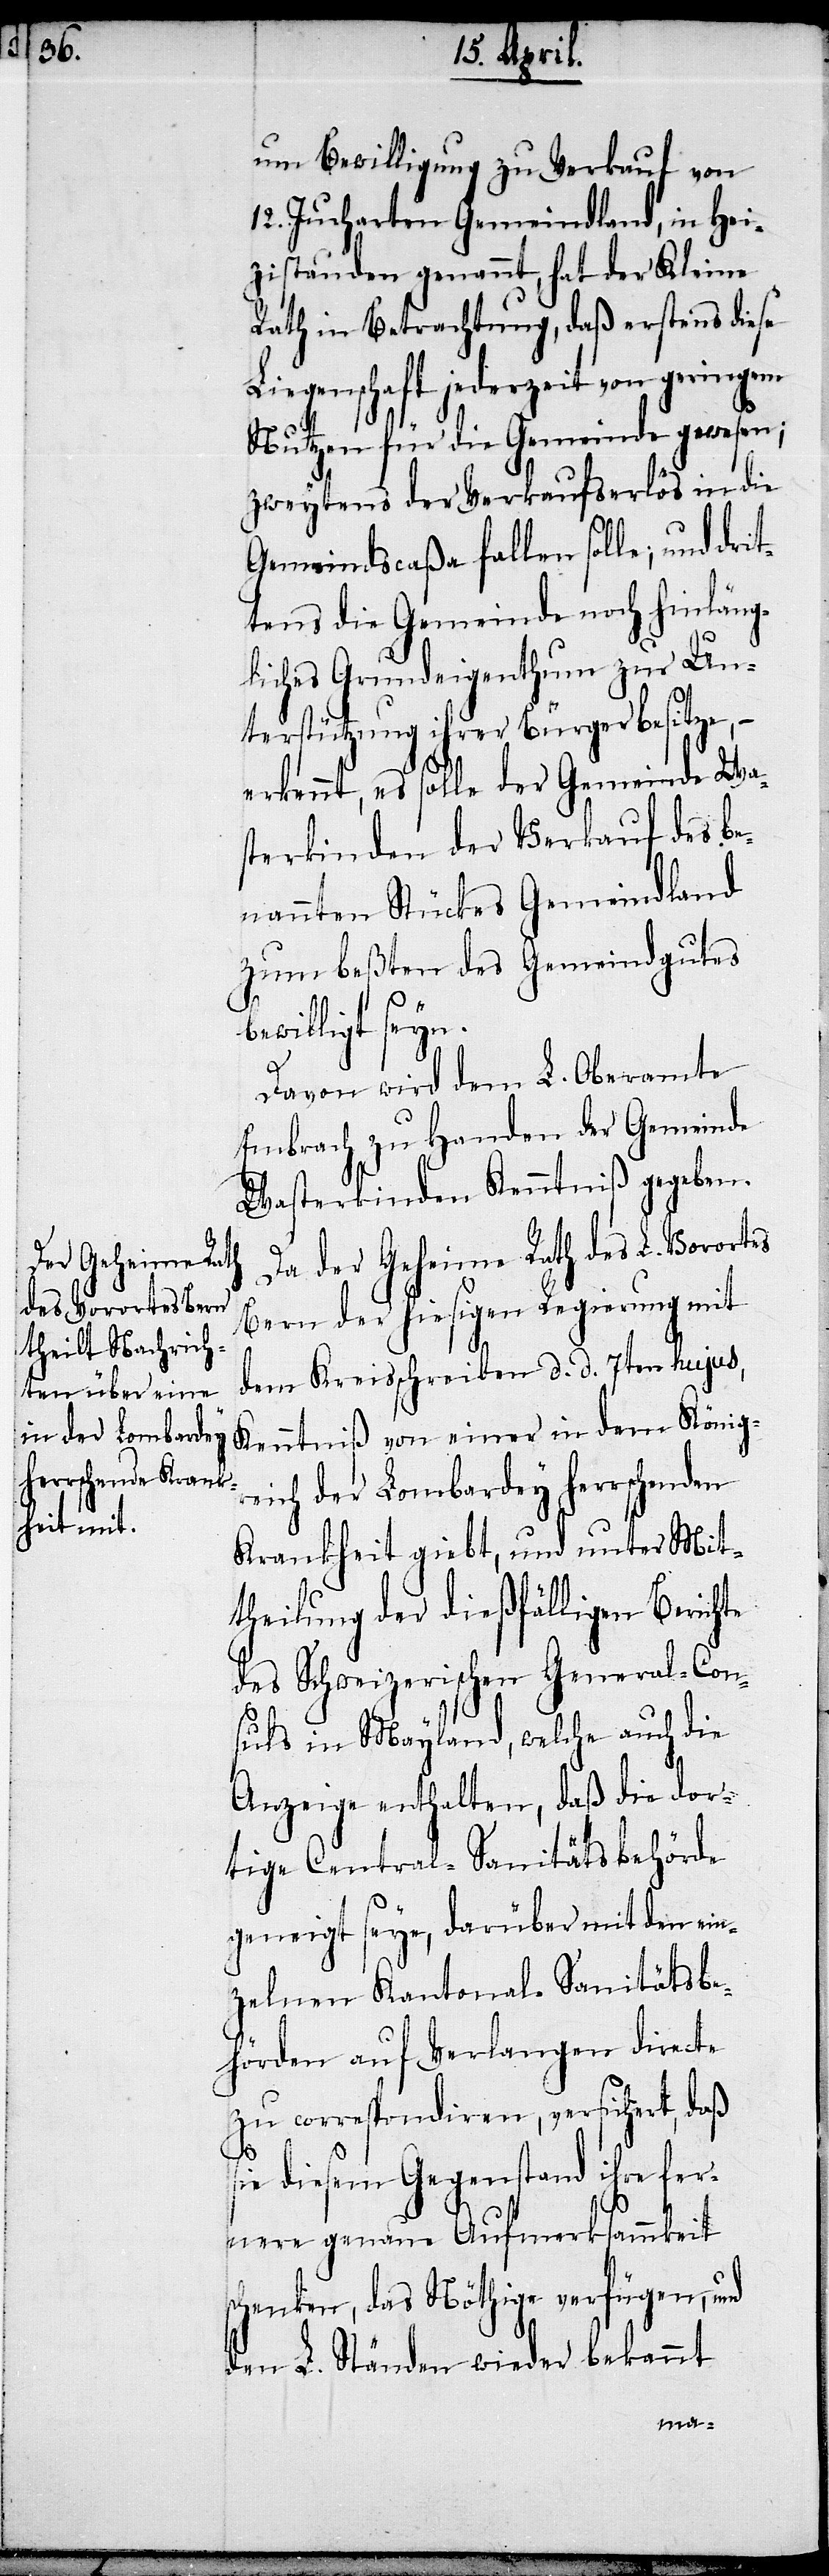
um Bewilligung zu Verkauf von
12. Jucharten Gemeindland, in Hei¬
zistauden genannt, hat der Kleine
Rath in Betrachtung, daß erstens diese
Liegenschaft jederzeit von geringem
Nutzen für die Gemeinde gewesen;
zweytens der Verkaufserlös in die
Gemeindscaßa fallen solle; und dr¬
tens die Gemeinde noch hinläng¬
liches Grundeigenthum zur Un¬
terstützung ihrer Bürger besitze, –
erkennt, es solle der Gemeinde Wa¬
sterkinden der Verkauf des be¬
nannten Stückes Gemeindland
zum beßten des Gemeindgutes
bewilligt seyn.
Davon wird dem L. Oberamte
Embrach zu Handen der Gemeinde
Wasterkinden Kenntniß gegeben.
Da der Geheime Rath des L. Vorortes
Bern der hiesigen Regierung mit
dem Kreisschreiben d. d. 7ten hujus,
Kenntniß von einer in dem Königr¬
eich der Lombardey herrschenden
Krankheit giebt, und unter Mit¬
theilung der dießfälligen Berichte
des Schweizerischen General-Con¬
suls in Mayland, welche auch die
Anzeige enthalten, daß die dor¬
tige Central-Sanitätsbehörde
geneigt seye, darüber mit den ein¬
zelnen Kantonal-Sanitätsbe¬
hörden auf Verlangen directe
zu correspondiren, versichert, daß
sie diesem Gegenstand ihre fer¬
nere genaue Aufmerksammkeit
schenken, das Nöthige verfügen, und
den L. Ständen wieder bekannt
it¬